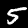
Digit: 5